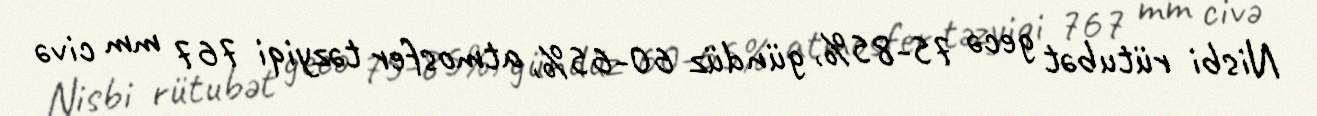
Nisbi rütubət gecə 75-85%, gündüz 60-65%, atmosfer təzyiqi 767 mm civə